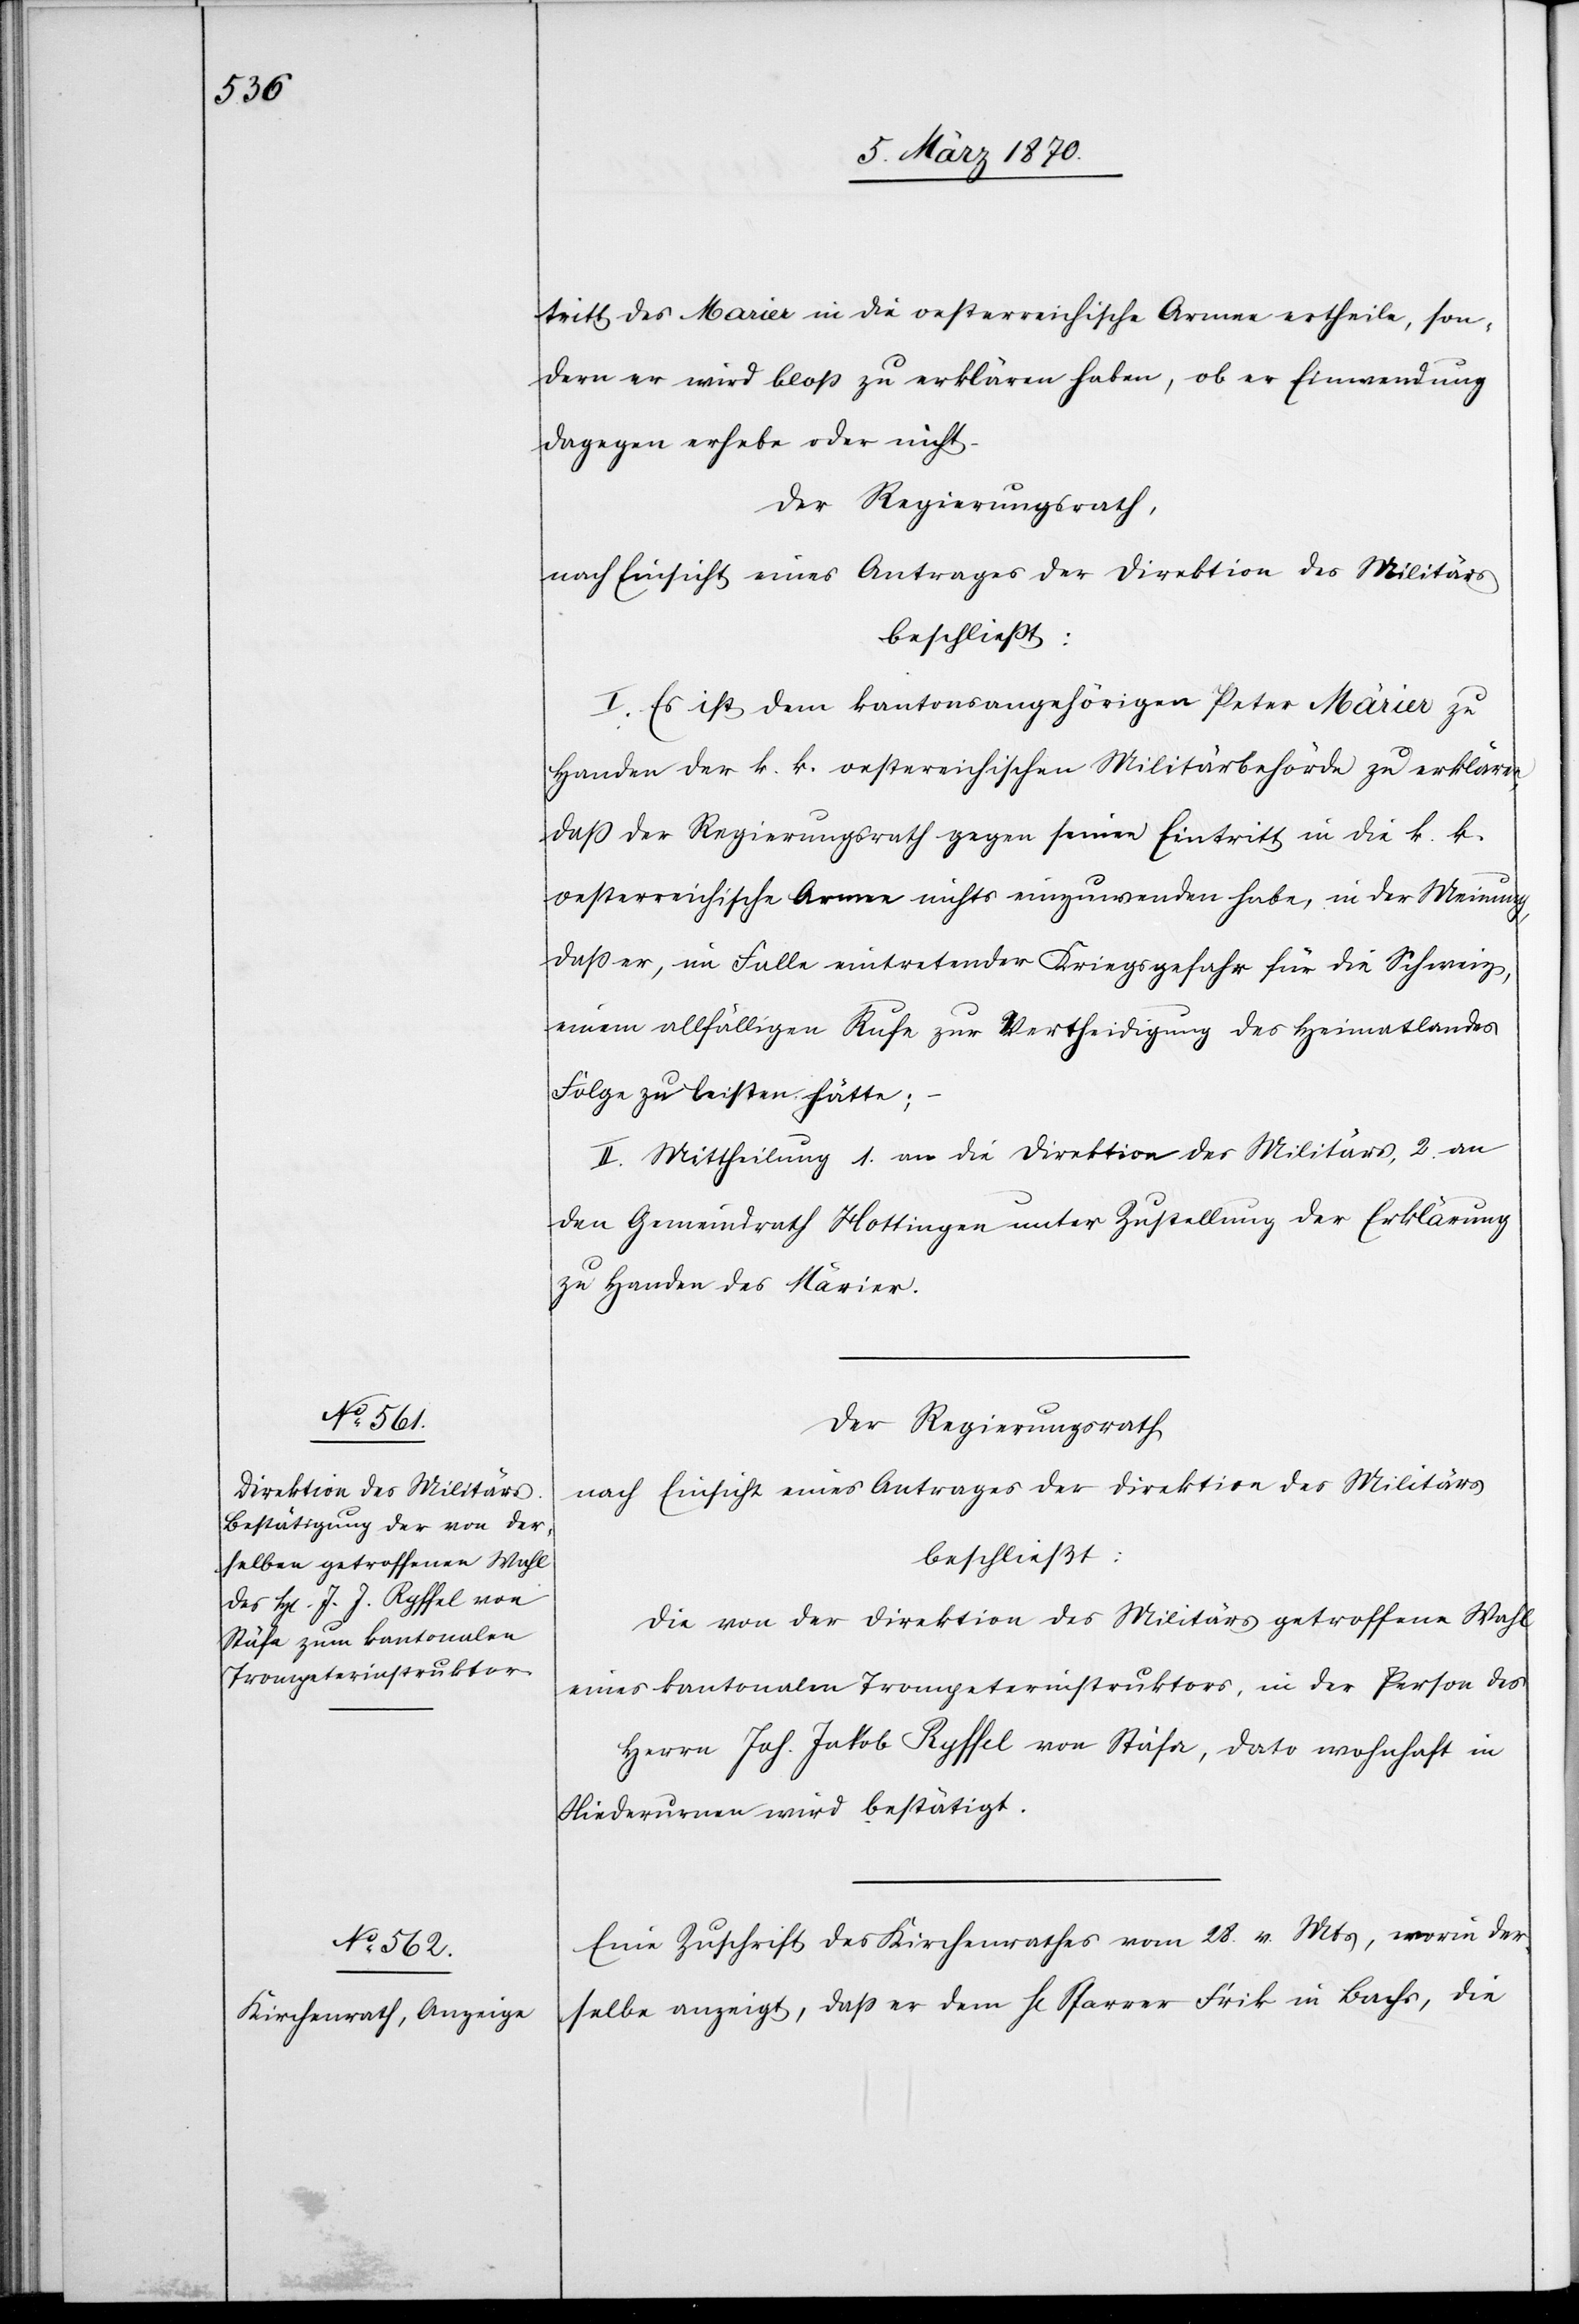
tritt des Marier [sic!] in die oesterreichische Armee ertheile, son¬
dern er wird blos zu erklären haben, ob er Einwendung
dagegen erhebe oder nicht
I. Es sei dem kantonsangehörigen Peter Märier zu
Handen der k. k. oestereichischen Militärbehörde zu erklären,
daß der Regierungsrath gegen seinen Eintritt in die k. k.
oesterreichische Armee nichts einzuwenden habe, in der Meinung,
daß er, im Falle eintretender Kriegsgefahr für die Schweiz,
einem allfälligen Rufe zur Vertheidigung des Heimatlandes
Folge zu leisten hätte;
II. Mittheilung 1. an die Direktion des Militärs, 2. an
den Gemeindrath Hottingen unter Zustellung der Erklärung
zu Handen des Märier.
Der Regierungsrath
nach Einsicht eines Antrages der Direktion des Militärs
beschließt:
Die von der Direktion des Militärs getroffene Wahl
eines kantonalen Trompeterinstruktors, in der Person des
Herrn Joh. Jakob Ryffel von Stäfa, dato wohnhaft in
Niederurnen wird bestätigt.
Eine Zuschrift des Kirchenrathes vom 28. v. Mts, worin der¬
selbe abzeigt, daß er dem H[errn] Pfarrer Frik in Bachs, die